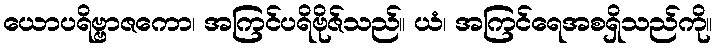
ယောပရိဗ္ဗာဇကော၊ အကြင်ပရိဗိုဇ်သည်။ ယံ၊ အကြင်ရေအစရှိသည်ကို။